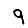
Digit: 9